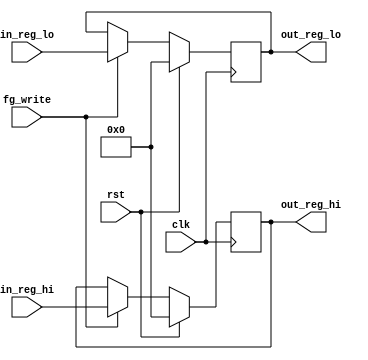
module hilo_reg(clk, rst, fg_write, in_reg_hi, in_reg_lo, out_reg_hi, out_reg_lo);

input wire clk, rst, fg_write;
input wire[31:0] in_reg_hi, in_reg_lo;
output reg[31:0] out_reg_hi, out_reg_lo;

	always @(posedge clk)
	begin
		if(rst == 1'b1) begin out_reg_hi <= 32'h00000000; out_reg_lo <= 32'h00000000; end
		else if(fg_write == 1'b1) begin out_reg_hi <= in_reg_hi; out_reg_lo <= in_reg_lo; end
	end

endmodule